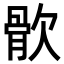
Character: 䯉